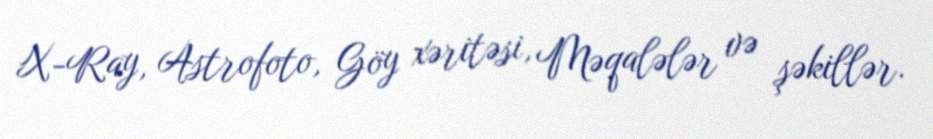
X-Ray, Astrofoto, Göy xəritəsi, Məqalələr və şəkillər.